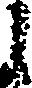
し